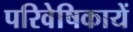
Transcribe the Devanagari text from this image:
परिवेषिकायें